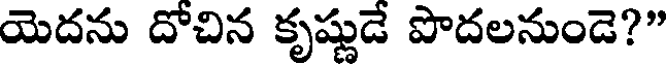
యెదను దోచిన కృష్ణుడే పొదలనుండె?"